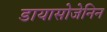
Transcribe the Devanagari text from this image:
डायासोजेनिन